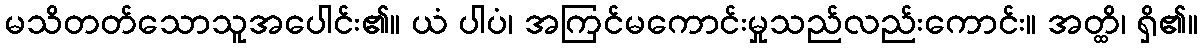
မသိတတ်သောသူအပေါင်း၏။ ယံ ပါပံ၊ အကြင်မကောင်းမှုသည်လည်းကောင်း။ အတ္ထိ၊ ရှိ၏။